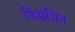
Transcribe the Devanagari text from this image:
निश्वसित